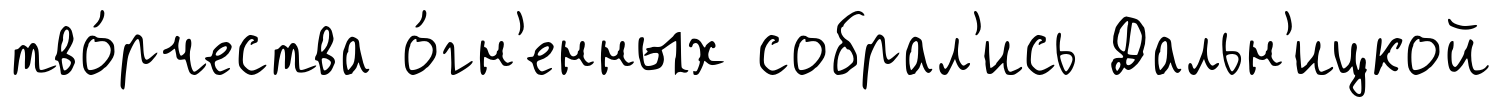
тво́рчества о́гн'енных собрал'ись Дальн'ицкой